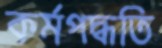
কর্মপদ্ধতি